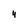
Character: 4